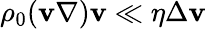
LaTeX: \rho_{0}(\mathbf{v}\nabla)\mathbf{v}\ll\eta\Delta\mathbf{v}